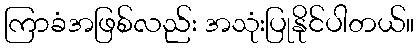
ကြာခံအဖြစ်လည်း အသုံးပြုနိုင်ပါတယ်။